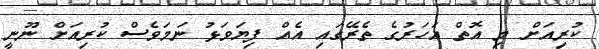
ކުރިއަށް މި އޮތް އަހަރުގެ ތެރޭގައި އެއް ފިޔަވަޅު ނަމަވެސް ކުރިއަށް ނޫނީ